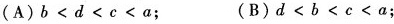
(A)$$b < d < c < a$$; (B)$$d < b < c < a$$;